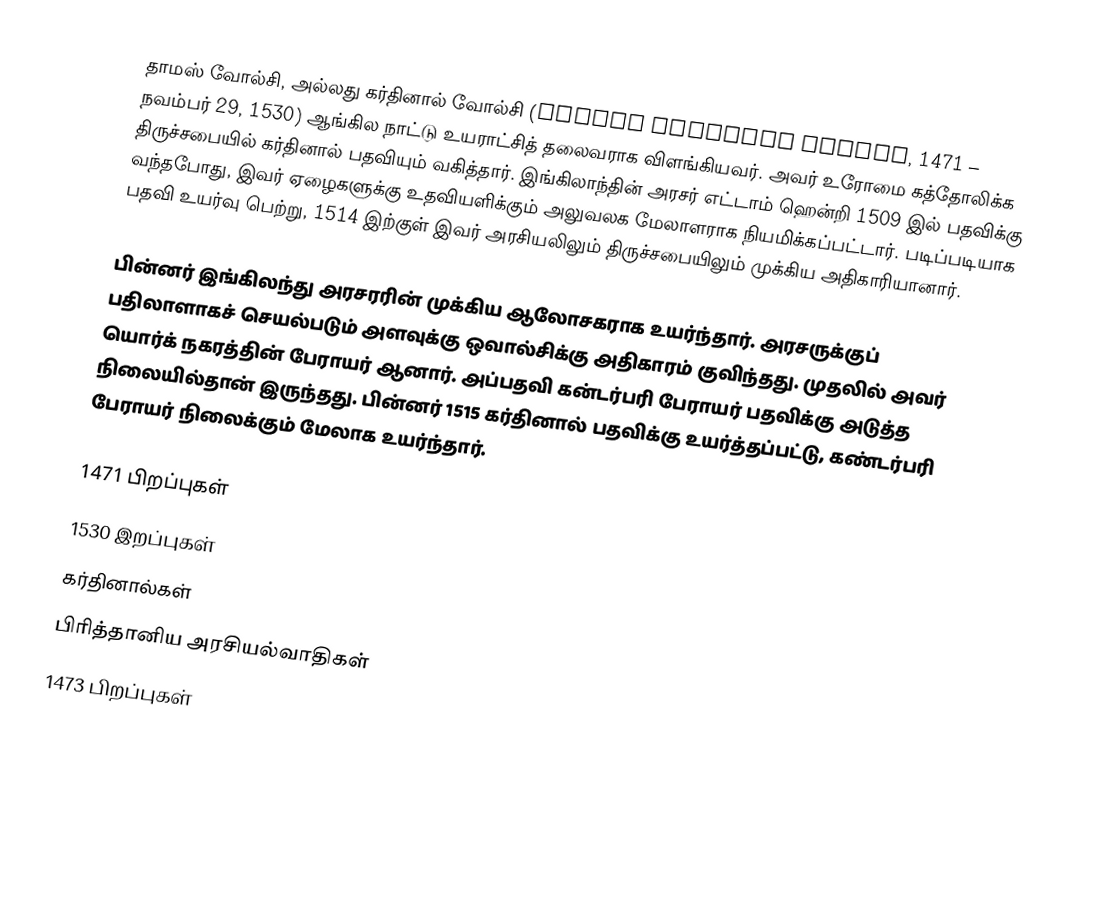
தாமஸ் வோல்சி, அல்லது கர்தினால் வோல்சி (Thomas Cardinal Wolsey, 1471 – நவம்பர் 29, 1530) ஆங்கில நாட்டு உயராட்சித் தலைவராக விளங்கியவர். அவர் உரோமை கத்தோலிக்க திருச்சபையில் கர்தினால் பதவியும் வகித்தார். இங்கிலாந்தின் அரசர் எட்டாம் ஹென்றி 1509 இல் பதவிக்கு வந்தபோது, இவர் ஏழைகளுக்கு உதவியளிக்கும் அலுவலக மேலாளராக நியமிக்கப்பட்டார். படிப்படியாக பதவி உயர்வு பெற்று, 1514 இற்குள் இவர் அரசியலிலும் திருச்சபையிலும் முக்கிய அதிகாரியானார்.

பின்னர் இங்கிலந்து அரசரரின் முக்கிய ஆலோசகராக உயர்ந்தார். அரசருக்குப் பதிலாளாகச் செயல்படும் அளவுக்கு ஒவால்சிக்கு அதிகாரம் குவிந்தது. முதலில் அவர் யொர்க் நகரத்தின் பேராயர் ஆனார். அப்பதவி கன்டர்பரி பேராயர் பதவிக்கு அடுத்த நிலையில்தான் இருந்தது. பின்னர் 1515 கர்தினால் பதவிக்கு உயர்த்தப்பட்டு, கண்டர்பரி பேராயர் நிலைக்கும் மேலாக உயர்ந்தார்.

1471 பிறப்புகள்
1530 இறப்புகள்
கர்தினால்கள்
பிரித்தானிய அரசியல்வாதிகள்
1473 பிறப்புகள்